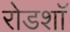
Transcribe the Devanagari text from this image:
रोडशाॅ